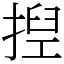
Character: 揑